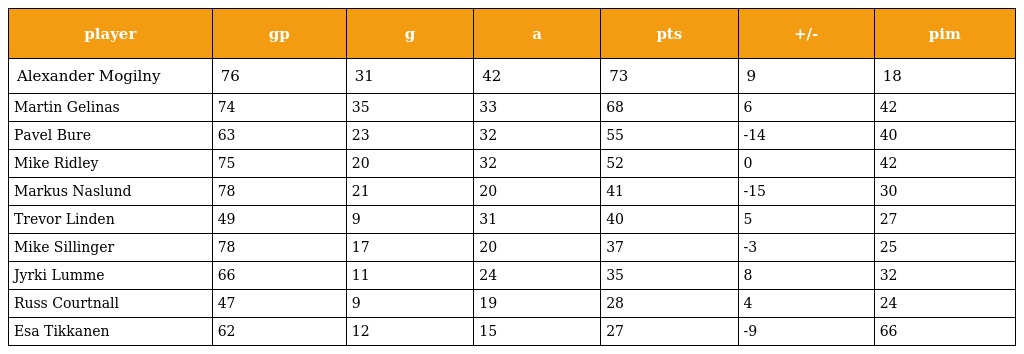
| player | gp | g | a | pts | +/- | pim |
 | --- | --- | --- | --- | --- | --- | --- |
 | Alexander Mogilny | 76 | 31 | 42 | 73 | 9 | 18 |
 | Martin Gelinas | 74 | 35 | 33 | 68 | 6 | 42 |
 | Pavel Bure | 63 | 23 | 32 | 55 | -14 | 40 |
 | Mike Ridley | 75 | 20 | 32 | 52 | 0 | 42 |
 | Markus Naslund | 78 | 21 | 20 | 41 | -15 | 30 |
 | Trevor Linden | 49 | 9 | 31 | 40 | 5 | 27 |
 | Mike Sillinger | 78 | 17 | 20 | 37 | -3 | 25 |
 | Jyrki Lumme | 66 | 11 | 24 | 35 | 8 | 32 |
 | Russ Courtnall | 47 | 9 | 19 | 28 | 4 | 24 |
 | Esa Tikkanen | 62 | 12 | 15 | 27 | -9 | 66 |